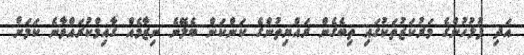
އަދި ފުލުހުންގެ މަރުކަޒުތަކުގައި ތިބެގެން ރައްޔިތުންގެ ކަންކަން ބެލޭނެ ނިޒާމެއް ގާއިމްކުރައްވާނެ ކަމަށް